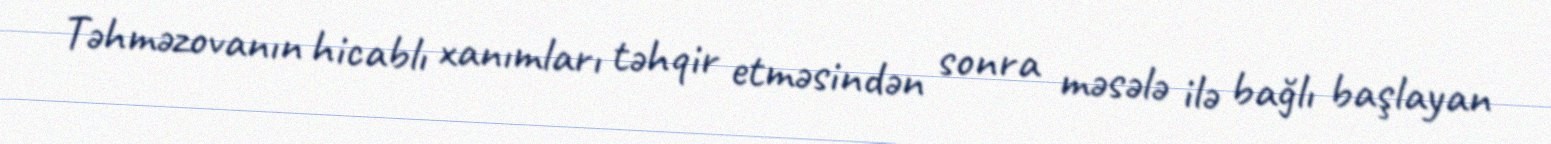
Təhməzovanın hicablı xanımları təhqir etməsindən sonra məsələ ilə bağlı başlayan